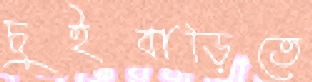
চুইবাড়িতে